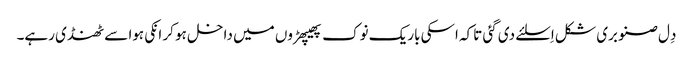
دِل صنوبری شکل اِسلئے دی گئی تاکہ اسکی باریک نوک پھیپھڑوں میں داخل ہو کر انکی ہوا سے ٹھنڈی رہے۔